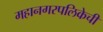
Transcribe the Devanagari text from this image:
महानगरपलिकेची